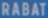
RABATI